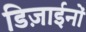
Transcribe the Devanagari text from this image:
डिज़ाईनों